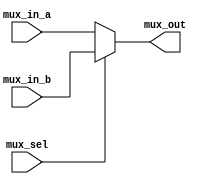
module mux4(mux_out, mux_in_a, mux_in_b, mux_sel); //Module with a list of ports
//Begin port declarations section
output[3:0] mux_out;
input [3:0] mux_in_a;
input [3:0] mux_in_b;
input mux_sel;

reg [3:0] mux_out;
wire [3:0] mux_in_a;
wire [3:0] mux_in_b;
wire mux_sel;

//End port declarations section

//assign mux_out = mux_in_a;

always @(mux_sel, mux_in_a, mux_in_b) //Note use of comma operator
//begin

if( mux_sel == 1'b0)
	mux_out = mux_in_a;

//if( mux_sel == 1'b1)
//	mux_out = mux_in_b;

else
	mux_out = mux_in_b;
//end

endmodule

//module Top; // No list of ports, top-level module in simulation